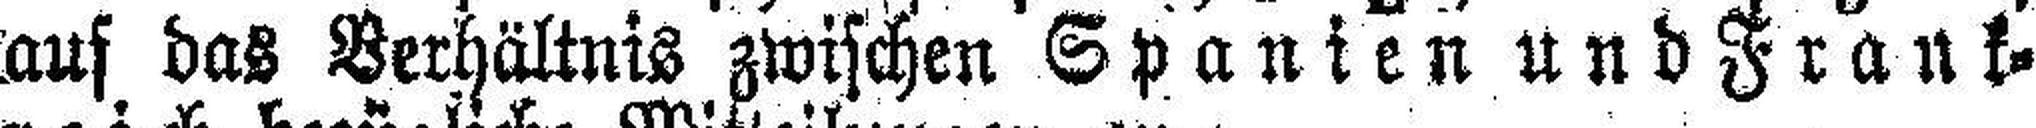
auf das Verhältnis zwischen Spanien und Frank¬